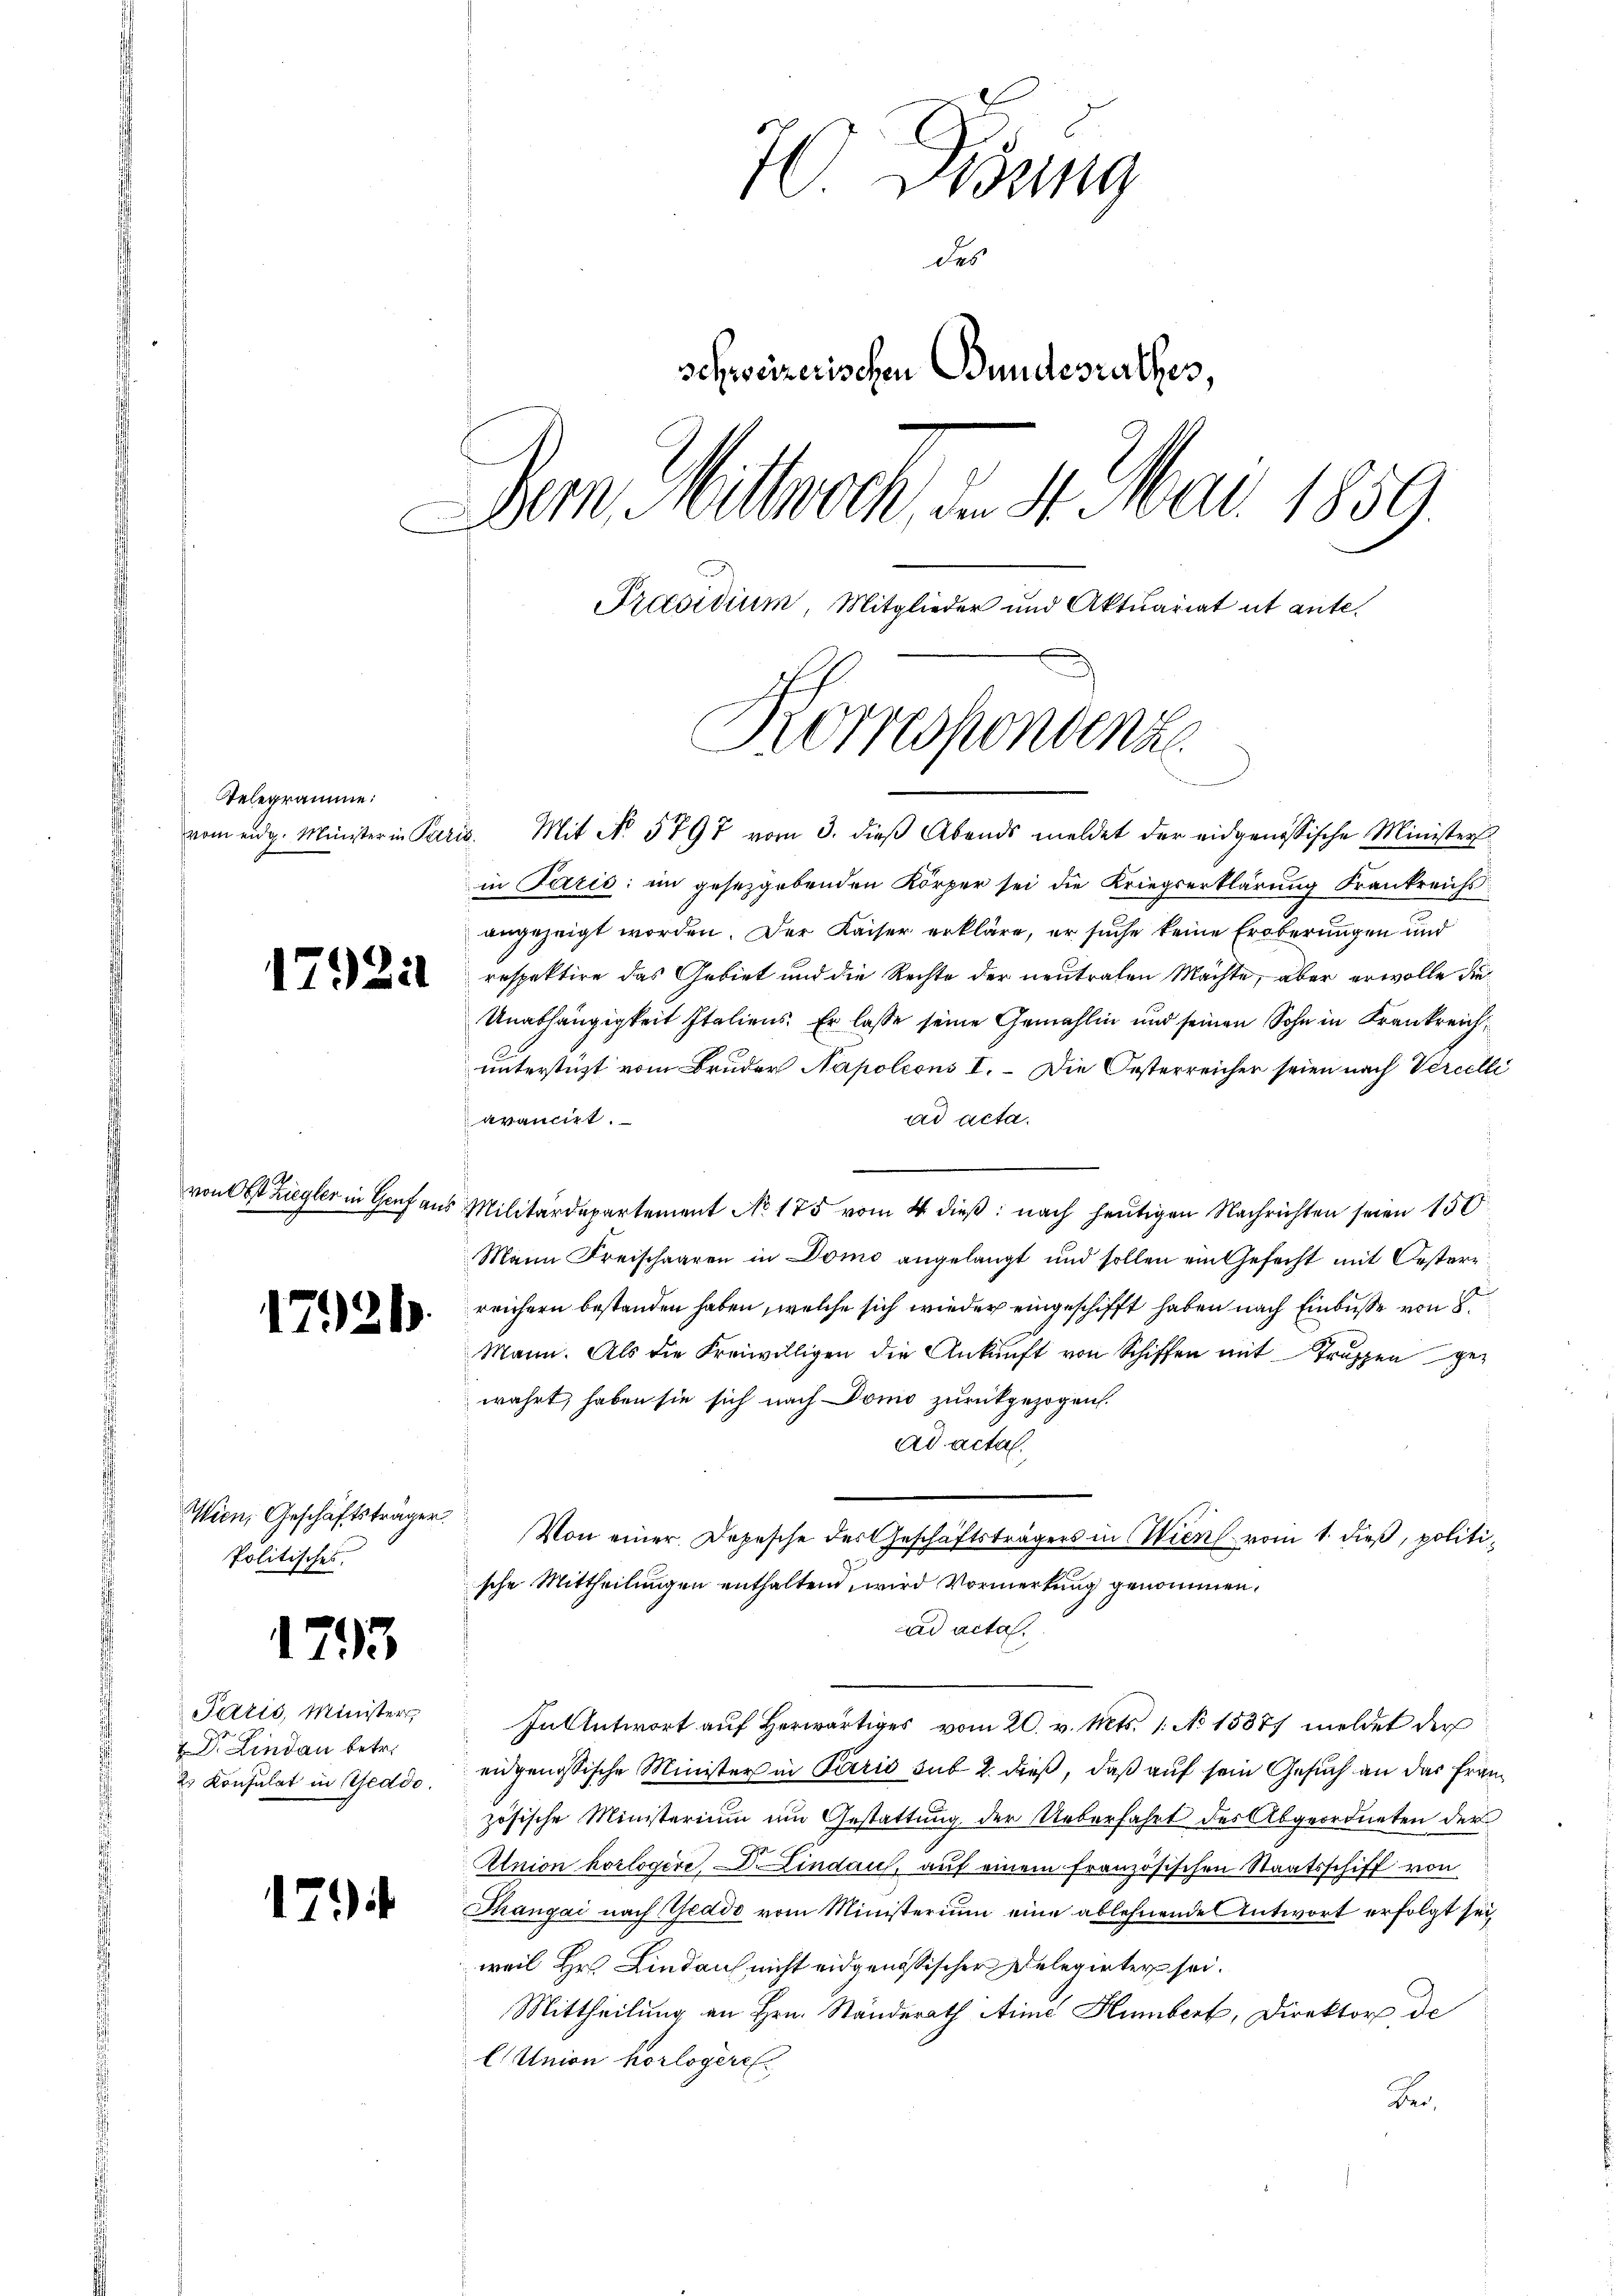
Telegramme:

1792

von Obst Ziegler in Genf an

17921

1793

17

Wien, Geschäftsträger.
Politisches

Paris, Minister
 Lindau betr.
Es Konsulat in Geddo.

70. Gesung
des
schweizerischen Bundesrathes,
Bern, Wittwoch, den 4. Mai 1859.
Präsidium, Mitglieder und Aktuariat et ante.
Korrespondenz

vom eidg. Minister in Paris. Mit No. 5797 vom 3. dieβ Abends meldet der eidgenössische Minister
in Paris; im gesetzgebenden Körper sei die Kriegserklärung Frankreichs
angezeigt worden. Der Kaiser erkläre, er suche keine Eroberungen und
respektire das Gebiet und die Rechte der neutralen Mächte, aber erwolle die¬
Unabhängigkeit Italiens. Er lasse seine Gemahlin und seinen Sohn in Krankreich
unterstüzt vom Bruder Napoleons I. Die Oesterreicher seien nach Vercelli
ad acta.
avancirt.
5 Militärdepartement No 175 vom 4. dieß: nach heutigen Nachrichten seien 150
Mann Freischaaren in Domo angelangt und sollen ein Gefecht mit Oesterr
reichern bestanden haben, welche sich wieder eingeschifft haben nach Einbuße von 8
Mann. Als die Freiwilligen die Ankunft von Schiffen mit Truppen gewahrt, haben sie sich nach Domo zurückgezogen.
ad acta.
t
Von einer Depesche des Geschäftsträgers in Wien vom 1. dieß, politi¬
Zu
sche Mittheilungen enthalten, wird Vormerkung genommen.
ad acta.
In Antwort auf Herwärtiges vom 20. v. Mts. 1. No 15371 meldet der
eidgenössische Minister in Paris sub 2. dieß, daß auf sein Gesuch an das Französische Ministerium um Gestattung der Ueberfahrt des Abgeordneten der
Union horlogere, Dr. Lindau, auf einem französischen Staatsschiff von
Thangai nach Geddo vom Ministerium eine ablehnende Antwort erfolgt sei
weil Hr. Lindau nicht eidgenössischer Delegirter sei.
Mittheilung an Hrn. Ständerath Aime Humbert, Direktor, de
AUnion horlogere
Ber